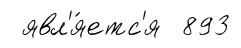
явл'я́етс'я 893